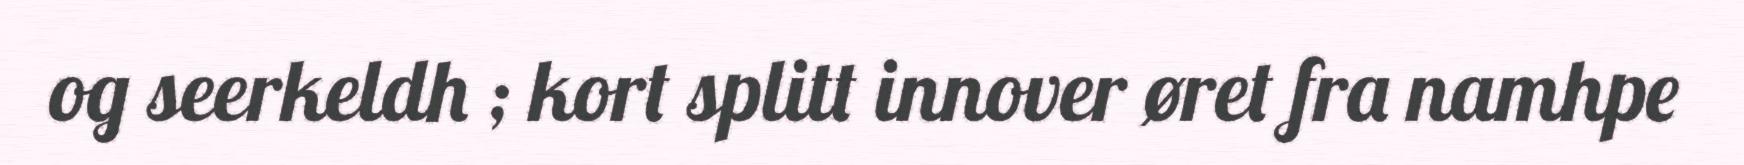
og seerkeldh ; kort splitt innover øret fra namhpe